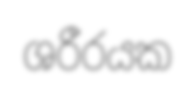
ශරීරයක